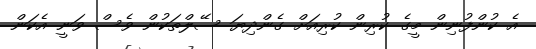
އެ ކުންފުނިން މީގެ ކުރިން ކުރިއަށް ގެންދިޔަ ސޭލްތަކުން ވެސް ވަނީ އެކަން